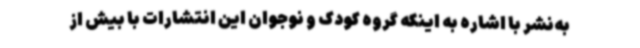
به‌نشر با اشاره به اینکه گروه کودک و نوجوان این انتشارات با بیش از